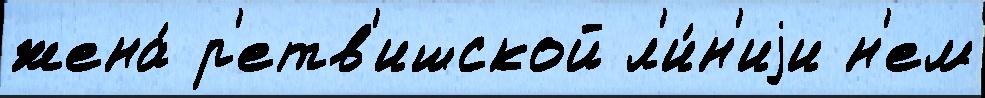
жена́ р'етв'ишской л'и́н'иjи н'ем